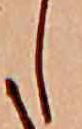
し